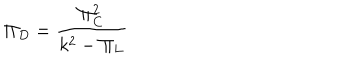
\Pi _ { D } = { \frac { \Pi _ { C } ^ { 2 } } { k ^ { 2 } - \Pi _ { L } } }